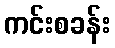
ကင်းစခန်း